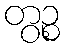
တွဉ္စ